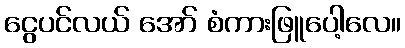
ငွေပင်လယ် အော် စံကားဖြူပေါ့လေ။